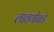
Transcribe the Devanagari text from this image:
लावणीकडे